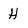
Character: H